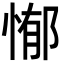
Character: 𭝣